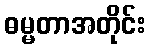
ဓမ္မတာအတိုင်း